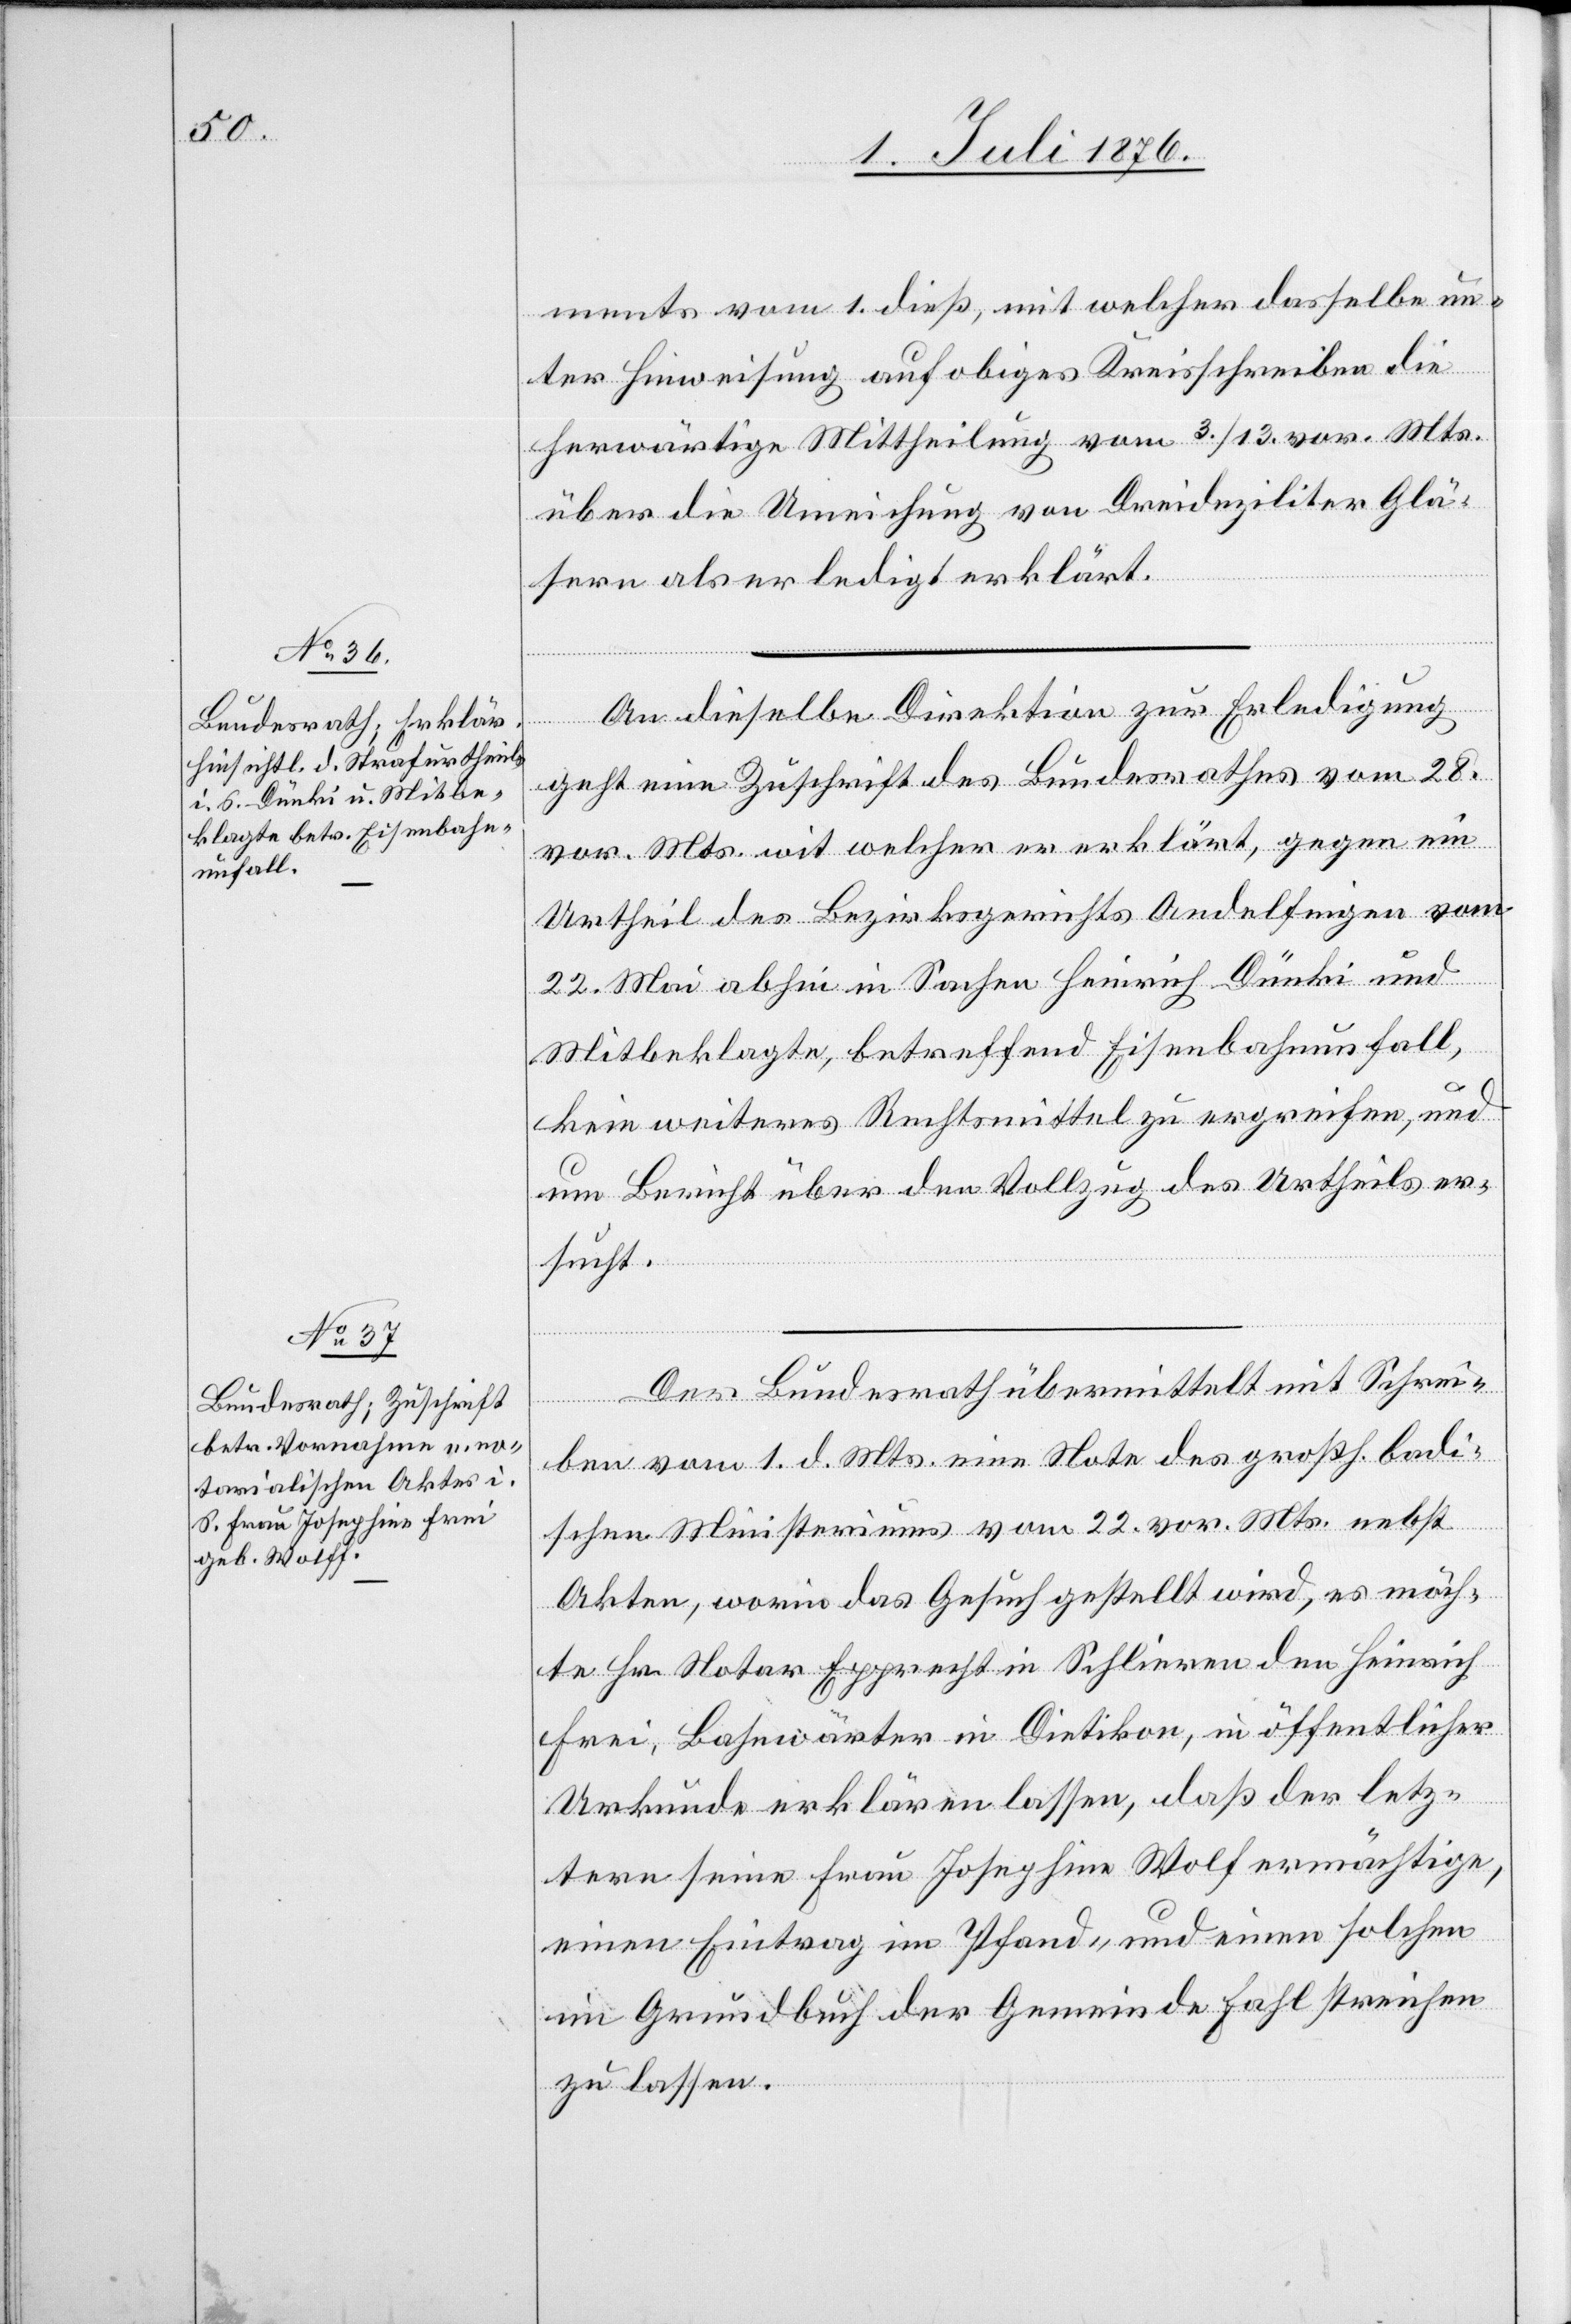
3. Juli 1876.]
ments vom 1. dieß, mit welcher dasselbe un¬
ter Hinweisung auf obiges Kreisschreiben die
herwärtige Mittheilung vom 3./13. vor. Mts.
über die Umeichung von Dreideziliter Glä¬
sern als erledigt erklärt.
An dieselbe Direktion zur Erledigung
geht eine Zuschrift des Bundesrathes vom 28.
vor. Mts. mit welcher er erklärt, gegen ein
Urtheil des Bezirksgerichts Andelfingen vom
22. Mai abhin in Sachen Heinrich Dünki und
Mitbeklagte, betreffend Eisenbahnunfall,
kein weiteres Rechtsmittel zu ergreifen, und
um Bericht über den Vollzug des Urtheils er¬
sucht.
Der Bundesrath übermittelt mit Schrei¬
ben vom 1. d. Mts. eine Note des großh. badi¬
schen Ministeriums vom 22. vor. Mts. nebst
Akten, worin das Gesuch gestellt wird, es möch¬
te Hr. Notar Epprecht in Schlieren den Heinrich
Frei, Bahnwärter in Dietikon, in öffentlicher
Urkunde erklären lassen, daß der letz¬
tere seine Frau Josephine Wolf ermächtige,
einen Eintrag im Pfand- und einen solchen
im Grundbuch der Gemeinde Fahl streichen
zu lassen.